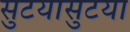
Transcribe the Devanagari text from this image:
सुटयासुटया